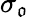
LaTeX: \sigma_{\mathfrak{o}}